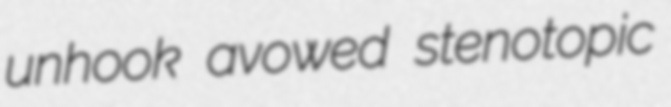
unhook avowed stenotopic